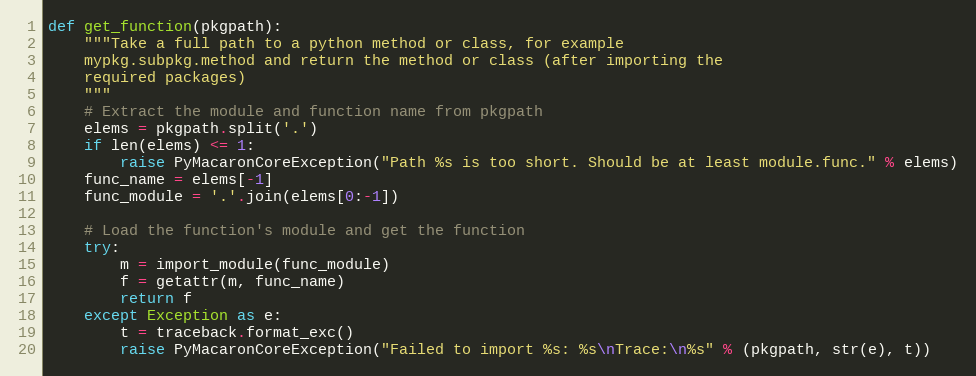
Language: Python
def get_function(pkgpath):
    """Take a full path to a python method or class, for example
    mypkg.subpkg.method and return the method or class (after importing the
    required packages)
    """
    # Extract the module and function name from pkgpath
    elems = pkgpath.split('.')
    if len(elems) <= 1:
        raise PyMacaronCoreException("Path %s is too short. Should be at least module.func." % elems)
    func_name = elems[-1]
    func_module = '.'.join(elems[0:-1])

    # Load the function's module and get the function
    try:
        m = import_module(func_module)
        f = getattr(m, func_name)
        return f
    except Exception as e:
        t = traceback.format_exc()
        raise PyMacaronCoreException("Failed to import %s: %s\nTrace:\n%s" % (pkgpath, str(e), t))